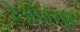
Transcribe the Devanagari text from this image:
रेओम्यूर